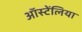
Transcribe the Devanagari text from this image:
ऑस्टेंलिया